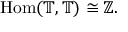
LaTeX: \mathrm { H o m } ( \mathbb { T } , \mathbb { T } ) \cong \mathbb { Z } .